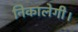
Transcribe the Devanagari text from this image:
निकालेगी।